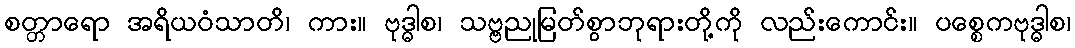
စတ္တာရော အရိယဝံသာတိ၊ ကား။ ဗုဒ္ဓါစ၊ သဗ္ဗညုမြတ်စွာဘုရားတို့ကို လည်းကောင်း။ ပစ္စေကဗုဒ္ဓါစ၊